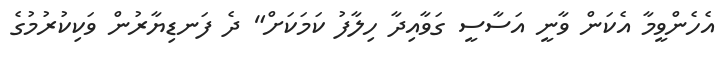
އެހެންވީމާ އެކަން ވާނީ އަސާސީ ގަވާއިދާ ހިލާފު ކަމަކަށް" ދެ ފަނޑިޔާރުން ވަކިކުރުމުގެ